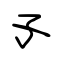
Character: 孓